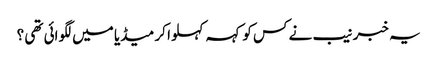
یہ خبر نیب نے کس کو کہہ کہلوا کر میڈیا میں لگوائی تھی ؟